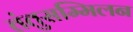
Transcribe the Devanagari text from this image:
तंतुसम्मिलन